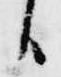
臣